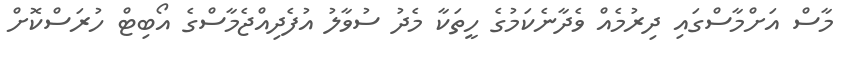
މާސް އަށްމާސްގައި ދިރުމެއް ވެދާނެކަމުގެ ހީތަކާ މެދު ސުވާލު އުފެދިއްޖެމާސްގެ އޯބިޓް ހުރަސްކޮށް